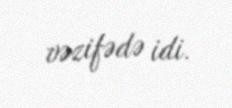
vəzifədə idi.